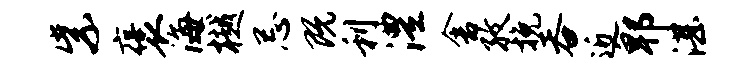
紫褒海樾忌既利澧舍孜挽吞近郫湛